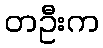
တဦးက